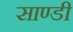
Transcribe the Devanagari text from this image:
साण्डी